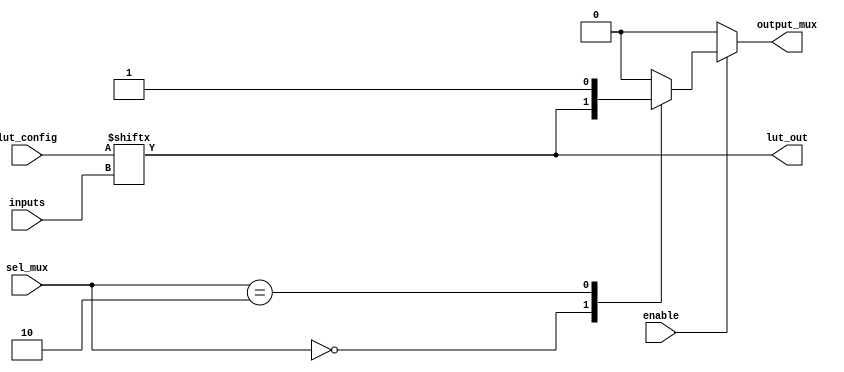
module CLB #(
    parameter LUT_SIZE = 16, // Size for the LUT: 2^num_inputs
    parameter NUM_INPUTS = 4  // Number of inputs to the LUT
)(
    input  wire [NUM_INPUTS-1:0] inputs,          // Input pins for the LUT
    input  wire [LUT_SIZE-1:0] lut_config,         // Configuration for the LUT's truth table
    input  wire [1:0] sel_mux,                      // Selector for the multiplexer
    input  wire enable,                             // Enable signal to control operation
    output wire output_mux,                        // Output from the multiplexer
    output wire lut_out                            // Output from the LUT
);

    // Lookup Table logic
    wire [LUT_SIZE-1:0] lut; // LUT output
    assign lut = lut_config; // Connect config to LUT
    
    // Generate LUT output based on input and configuration
    assign lut_out = lut[inputs]; // Address the LUT based on inputs

    // Multiplexer to select between different outputs
    reg output_reg;
    always @(*) begin
        if (enable) begin
            case (sel_mux)
                2'b00: output_reg = lut_out; // Select LUT out if enabled
                2'b01: output_reg = 1'b0;     // An example external input
                2'b10: output_reg = 1'b1;     // Default high output
                default: output_reg = 1'b0;   // default case
            endcase
        end else begin
            output_reg = 1'b0; // If not enabled, output is low
        end
    end
    
    // Assign final output
    assign output_mux = output_reg;

endmodule